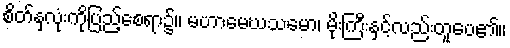
စိတ်နှလုံးကိုပြည့်စေရာ၌။ မဟာမေဃသမော၊ မိုးကြီးနှင့်လည်းတူပေ၏။